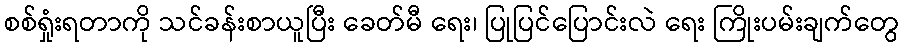
စစ်ရှုံးရတာကို သင်ခန်းစာယူပြီး ခေတ်မီ ရေး၊ ပြုပြင်ပြောင်းလဲ ရေး ကြိုးပမ်းချက်တွေ